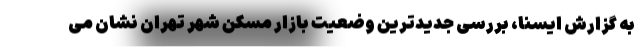
به گزارش ایسنا، بررسی جدیدترین وضعیت بازار مسکن شهر تهران نشان می